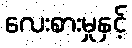
လေးစားမှုနှင့်